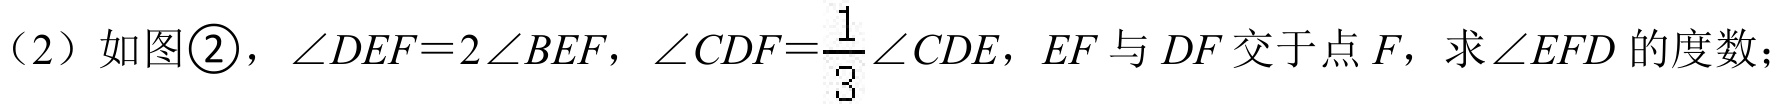
（2）如图\textcircled{2}，$\angle DEF = 2\angle BEF$，$\angle CDF=\dfrac{1}{3}\angle CDE$，$EF$与$DF$交于点$F$，求$\angle EFD$的度数；